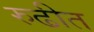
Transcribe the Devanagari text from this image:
रुढीत